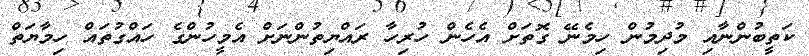
ކަތީބުންނާއި މުދިމުން ހިމެނޭ ގޮތަށް އެހެން ހުރިހާ ރައްޔިތުންނަށް އެމީހުންގެ ހައްގުތައް ހިމާޔަތް